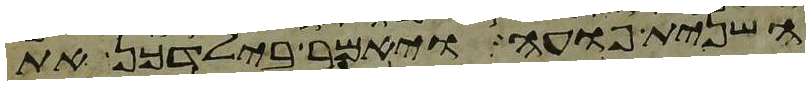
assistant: השנית פועה ויאמר בילדכן את